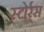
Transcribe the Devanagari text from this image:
स्टोर्र्स